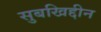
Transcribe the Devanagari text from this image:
सुबखिद्दीन